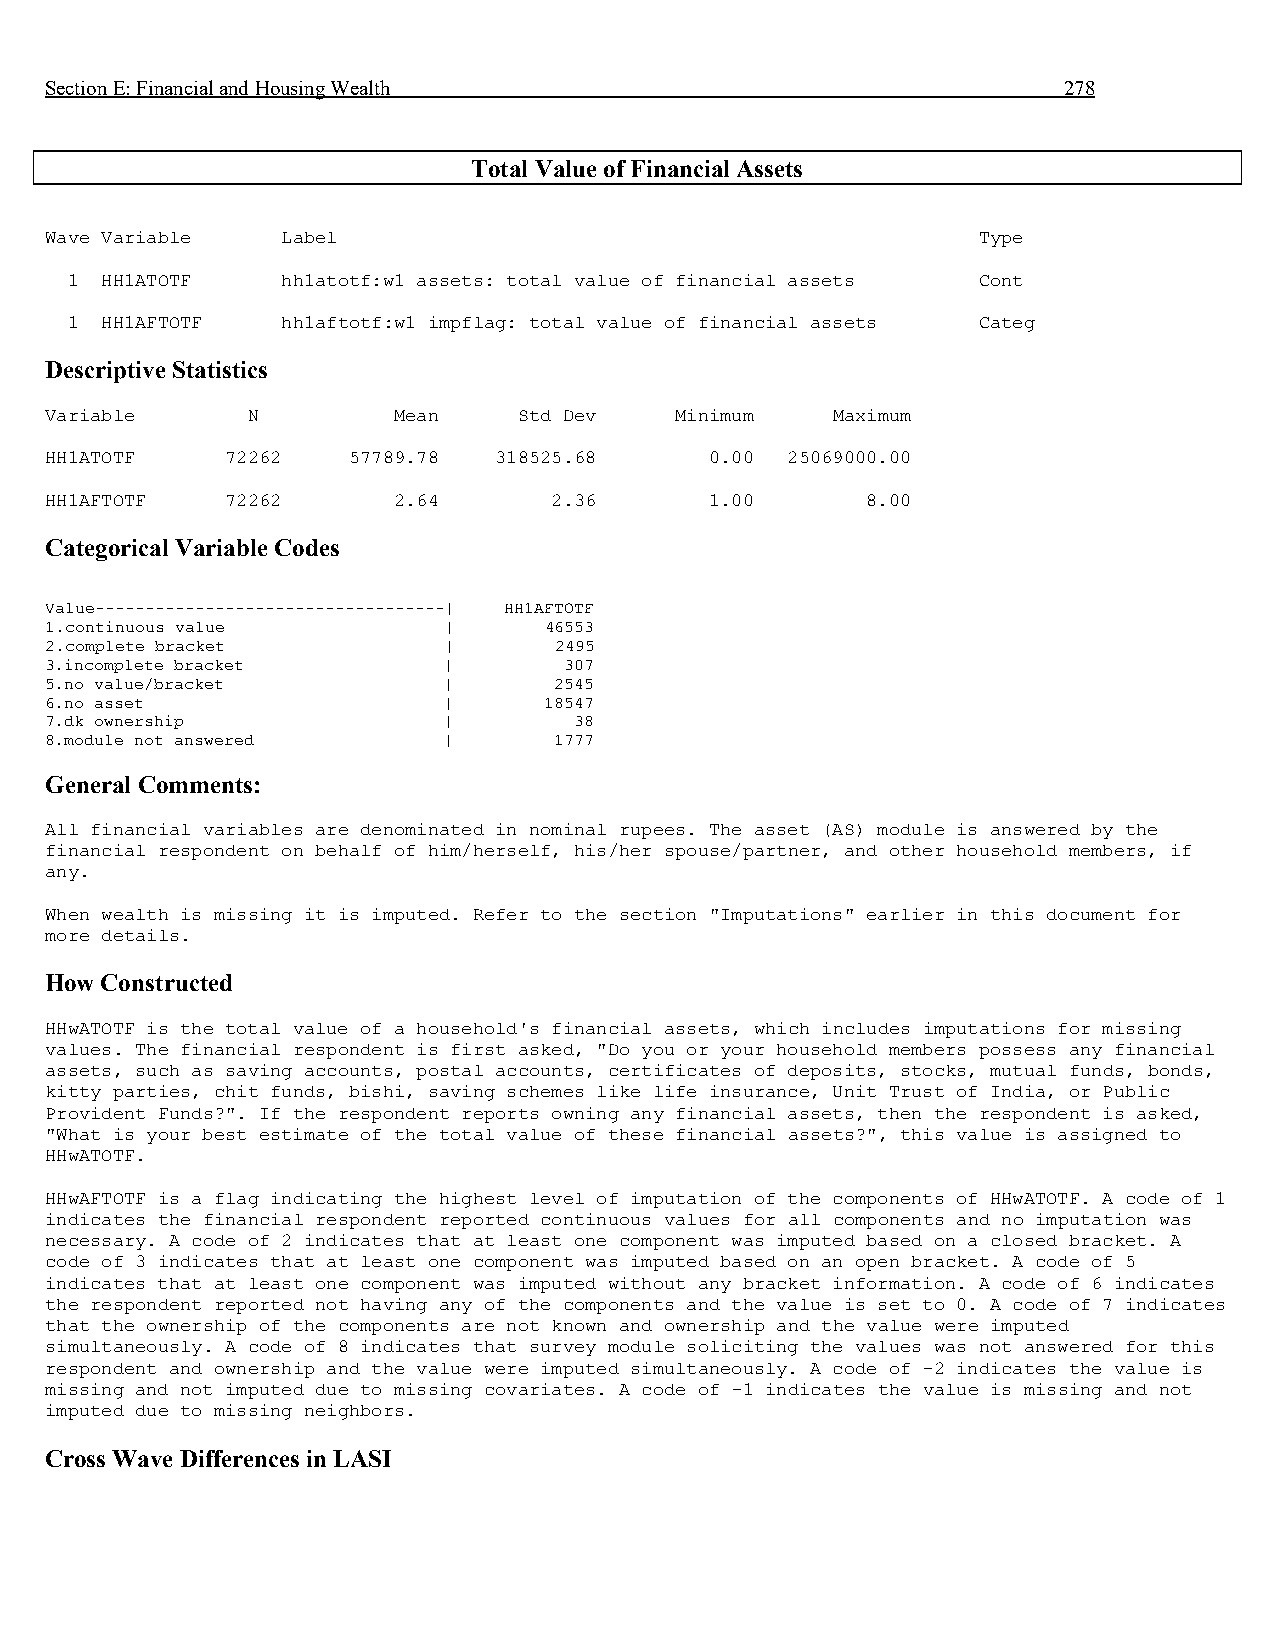
Section E: Financial and Housing Wealth                            278
 Total Value of Financial Assets
 Wave Variable   Label                                         Type
 1  HH1ATOTF    hh1atotf:w1 assets: total value of financial assets Cont
 1  HH1AFTOTF   hh1aftotf:w1 impflag: total value of financial assets Categ
 Descriptive Statistics
 Variable     N         Mean    Std Dev    Minimum   Maximum
 HH1ATOTF    72262   57789.78  318525.68     0.00 25069000.00
 HH1AFTOTF   72262      2.64      2.36       1.00      8.00
 Categorical Variable Codes
 Value-----------------------------------| HH1AFTOTF
 1.continuous value        |      46553
 2.complete bracket        |       2495
 3.incomplete bracket      |       307
 5.no value/bracket        |       2545
 6.no asset                |      18547
 7.dk ownership            |        38
 8.module not answered     |       1777
 General Comments:
 All financial variables are denominated in nominal rupees. The asset (AS) module is answered by the
 financial respondent on behalf of him/herself, his/her spouse/partner, and other household members, if
 any.
 When wealth is missing it is imputed. Refer to the section "Imputations" earlier in this document for
 more details.
 How Constructed
 HHwATOTF is the total value of a household's financial assets, which includes imputations for missing
 values. The financial respondent is first asked, "Do you or your household members possess any financial
 assets, such as saving accounts, postal accounts, certificates of deposits, stocks, mutual funds, bonds,
 kitty parties, chit funds, bishi, saving schemes like life insurance, Unit Trust of India, or Public
 Provident Funds?". If the respondent reports owning any financial assets, then the respondent is asked,
 "What is your best estimate of the total value of these financial assets?", this value is assigned to
 HHwATOTF.
 HHwAFTOTF is a flag indicating the highest level of imputation of the components of HHwATOTF. A code of 1
 indicates the financial respondent reported continuous values for all components and no imputation was
 necessary. A code of 2 indicates that at least one component was imputed based on a closed bracket. A
 code of 3 indicates that at least one component was imputed based on an open bracket. A code of 5
 indicates that at least one component was imputed without any bracket information. A code of 6 indicates
 the respondent reported not having any of the components and the value is set to 0. A code of 7 indicates
 that the ownership of the components are not known and ownership and the value were imputed
 simultaneously. A code of 8 indicates that survey module soliciting the values was not answered for this
 respondent and ownership and the value were imputed simultaneously. A code of -2 indicates the value is
 missing and not imputed due to missing covariates. A code of -1 indicates the value is missing and not
 imputed due to missing neighbors.
 Cross Wave Differences in LASI